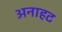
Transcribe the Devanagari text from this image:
अनाहट